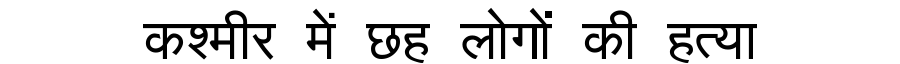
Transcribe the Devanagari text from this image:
कश्मीर में छह लोगों की हत्या